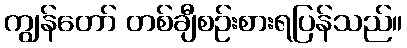
ကျွန်တော် တစ်ချီစဉ်းစားရပြန်သည်။